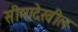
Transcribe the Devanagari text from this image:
सीमादेखील